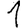
Digit: 1